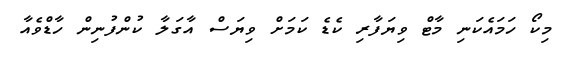
މިކޯ ހަމައެކަނި މާޓް ވިޔަފާރި ކެޑެ ކަމަށް ވިޔަސް އާގަލާ ކުންފުނިން ހާޑްވެއާ